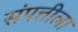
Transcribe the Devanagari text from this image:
संपत्तीला